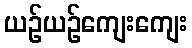
ယဉ်ယဉ်ကျေးကျေး